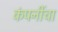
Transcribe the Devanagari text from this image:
कंपनींचा